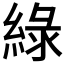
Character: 綠